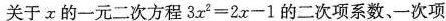
关于x的医院二次方程$$3x^{2}=2x-1$$的二次项系数、一次项